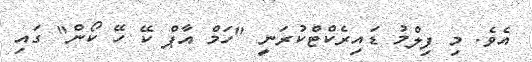
އެވެ. މި ފިލްމު ޑައިރެކްޓްކުރަނީ "ހަމް އާޕް ކޭ ހޭ ކޯން" ގައި